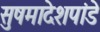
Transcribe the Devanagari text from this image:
सुषमादेशपांडे